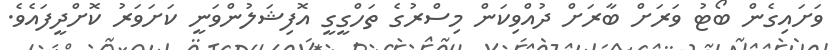
ވަށައިގެން ބޯޓު ވަރަށް ބާރަށް ދުއްވިކަން މިސްރުގެ ތަހްގީގީ އޮފިޝަލުންވަނީ ކަށަވަރު ކޮށްދީފައެވެ.